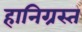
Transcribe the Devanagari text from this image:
हानिग्रस्त